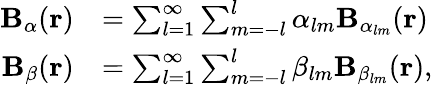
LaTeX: \begin{array}{rl}{\mathbf{B}_{\alpha}(\mathbf{r})}&{=\sum_{l=1}^{\infty}\sum_{m=-l}^{l}\alpha_{lm}\mathbf{B}_{\alpha_{lm}}(\mathbf{r})}\\ {\mathbf{B}_{\beta}(\mathbf{r})}&{=\sum_{l=1}^{\infty}\sum_{m=-l}^{l}\beta_{lm}\mathbf{B}_{\beta_{lm}}(\mathbf{r}),}\end{array}